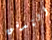
التدفق